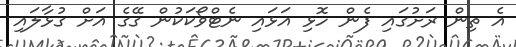
އެ ތިން ރަށުގައި ފެން ހޮޅި އަޅައި ނެޓްވޯކަކުން ގޭގެ އަށް ގުޅާލައި